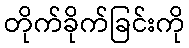
တိုက်ခိုက်ခြင်းကို